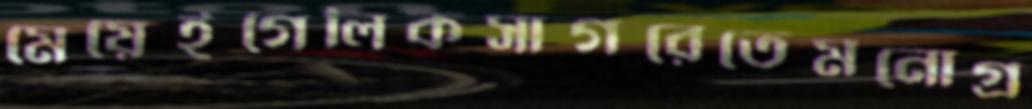
মেয়েইগেলিকসাগরেতেমনোগ্র